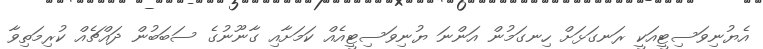
އެޔުނިވަސިޓީއަކީ ރަނގަޅަށް ހިނގަމުން އަންނަ ޔުނިވަސިޓީއެއް ކަމަށާއި ގާނޫނުގެ ސަބަބުން ދައްޗެއް ކުރިމަތިވާ